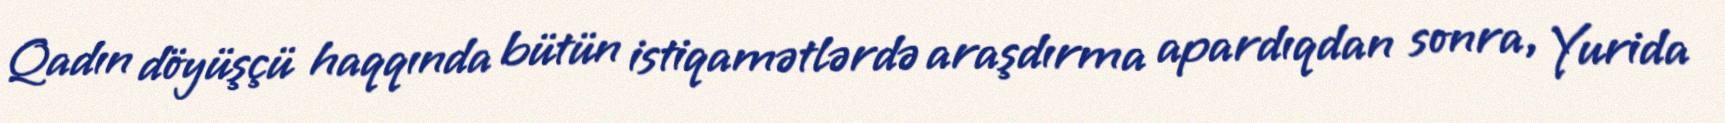
Qadın döyüşçü haqqında bütün istiqamətlərdə araşdırma apardıqdan sonra, Yurida